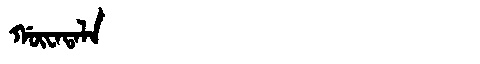
Manchu: ᡤᡡᠸᠠᡨᠠᠯᠠ
Romanization: GŪWATALA